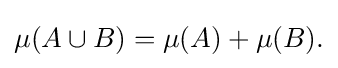
{\textstyle \mu (A\cup B)=\mu (A)+\mu (B).}